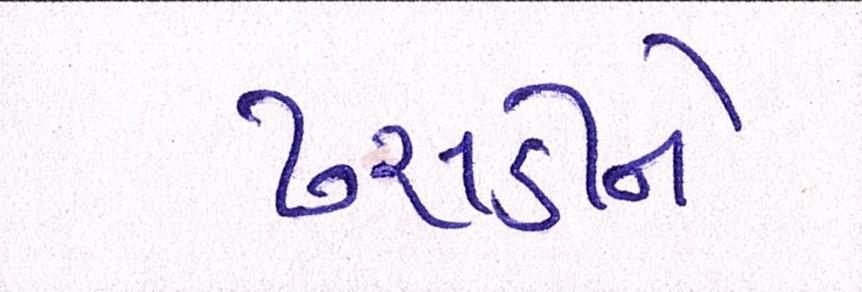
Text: ઢસડીને